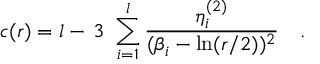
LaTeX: c ( r ) = l - \, 3 \, \, \sum _ { i = 1 } ^ { l } \frac { \eta _ { i } ^ { ( 2 ) } } { ( \beta _ { i } - \ln ( r / 2 ) ) ^ { 2 } } \quad .